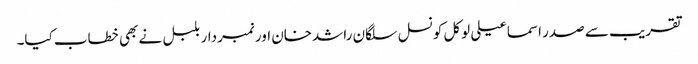
تقریب سے صدر اسماعیلی لوکل کونسل سلگان راشدخان اور نمبردار بلبل نے بھی خطاب کیا۔